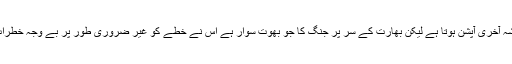
ایٹمی حملہ جنگ میں ہمیشہ آخری آپشن ہوتا ہے لیکن بھارت کے سر پر جنگ کا جو بھوت سوار ہے اس نے خطے کو غیر ضروری طور پر بے وجہ خطرات سے دوچار کر دیا ہے۔